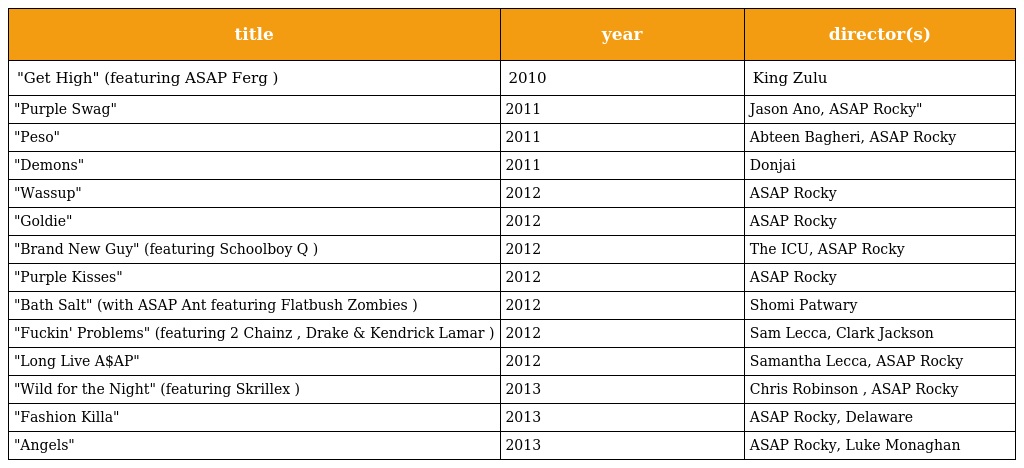
| title | year | director(s) |
 | --- | --- | --- |
 | "Get High" (featuring ASAP Ferg ) | 2010 | King Zulu |
 | "Purple Swag" | 2011 | Jason Ano, ASAP Rocky" |
 | "Peso" | 2011 | Abteen Bagheri, ASAP Rocky |
 | "Demons" | 2011 | Donjai |
 | "Wassup" | 2012 | ASAP Rocky |
 | "Goldie" | 2012 | ASAP Rocky |
 | "Brand New Guy" (featuring Schoolboy Q ) | 2012 | The ICU, ASAP Rocky |
 | "Purple Kisses" | 2012 | ASAP Rocky |
 | "Bath Salt" (with ASAP Ant featuring Flatbush Zombies ) | 2012 | Shomi Patwary |
 | "Fuckin' Problems" (featuring 2 Chainz , Drake & Kendrick Lamar ) | 2012 | Sam Lecca, Clark Jackson |
 | "Long Live A$AP" | 2012 | Samantha Lecca, ASAP Rocky |
 | "Wild for the Night" (featuring Skrillex ) | 2013 | Chris Robinson , ASAP Rocky |
 | "Fashion Killa" | 2013 | ASAP Rocky, Delaware |
 | "Angels" | 2013 | ASAP Rocky, Luke Monaghan |